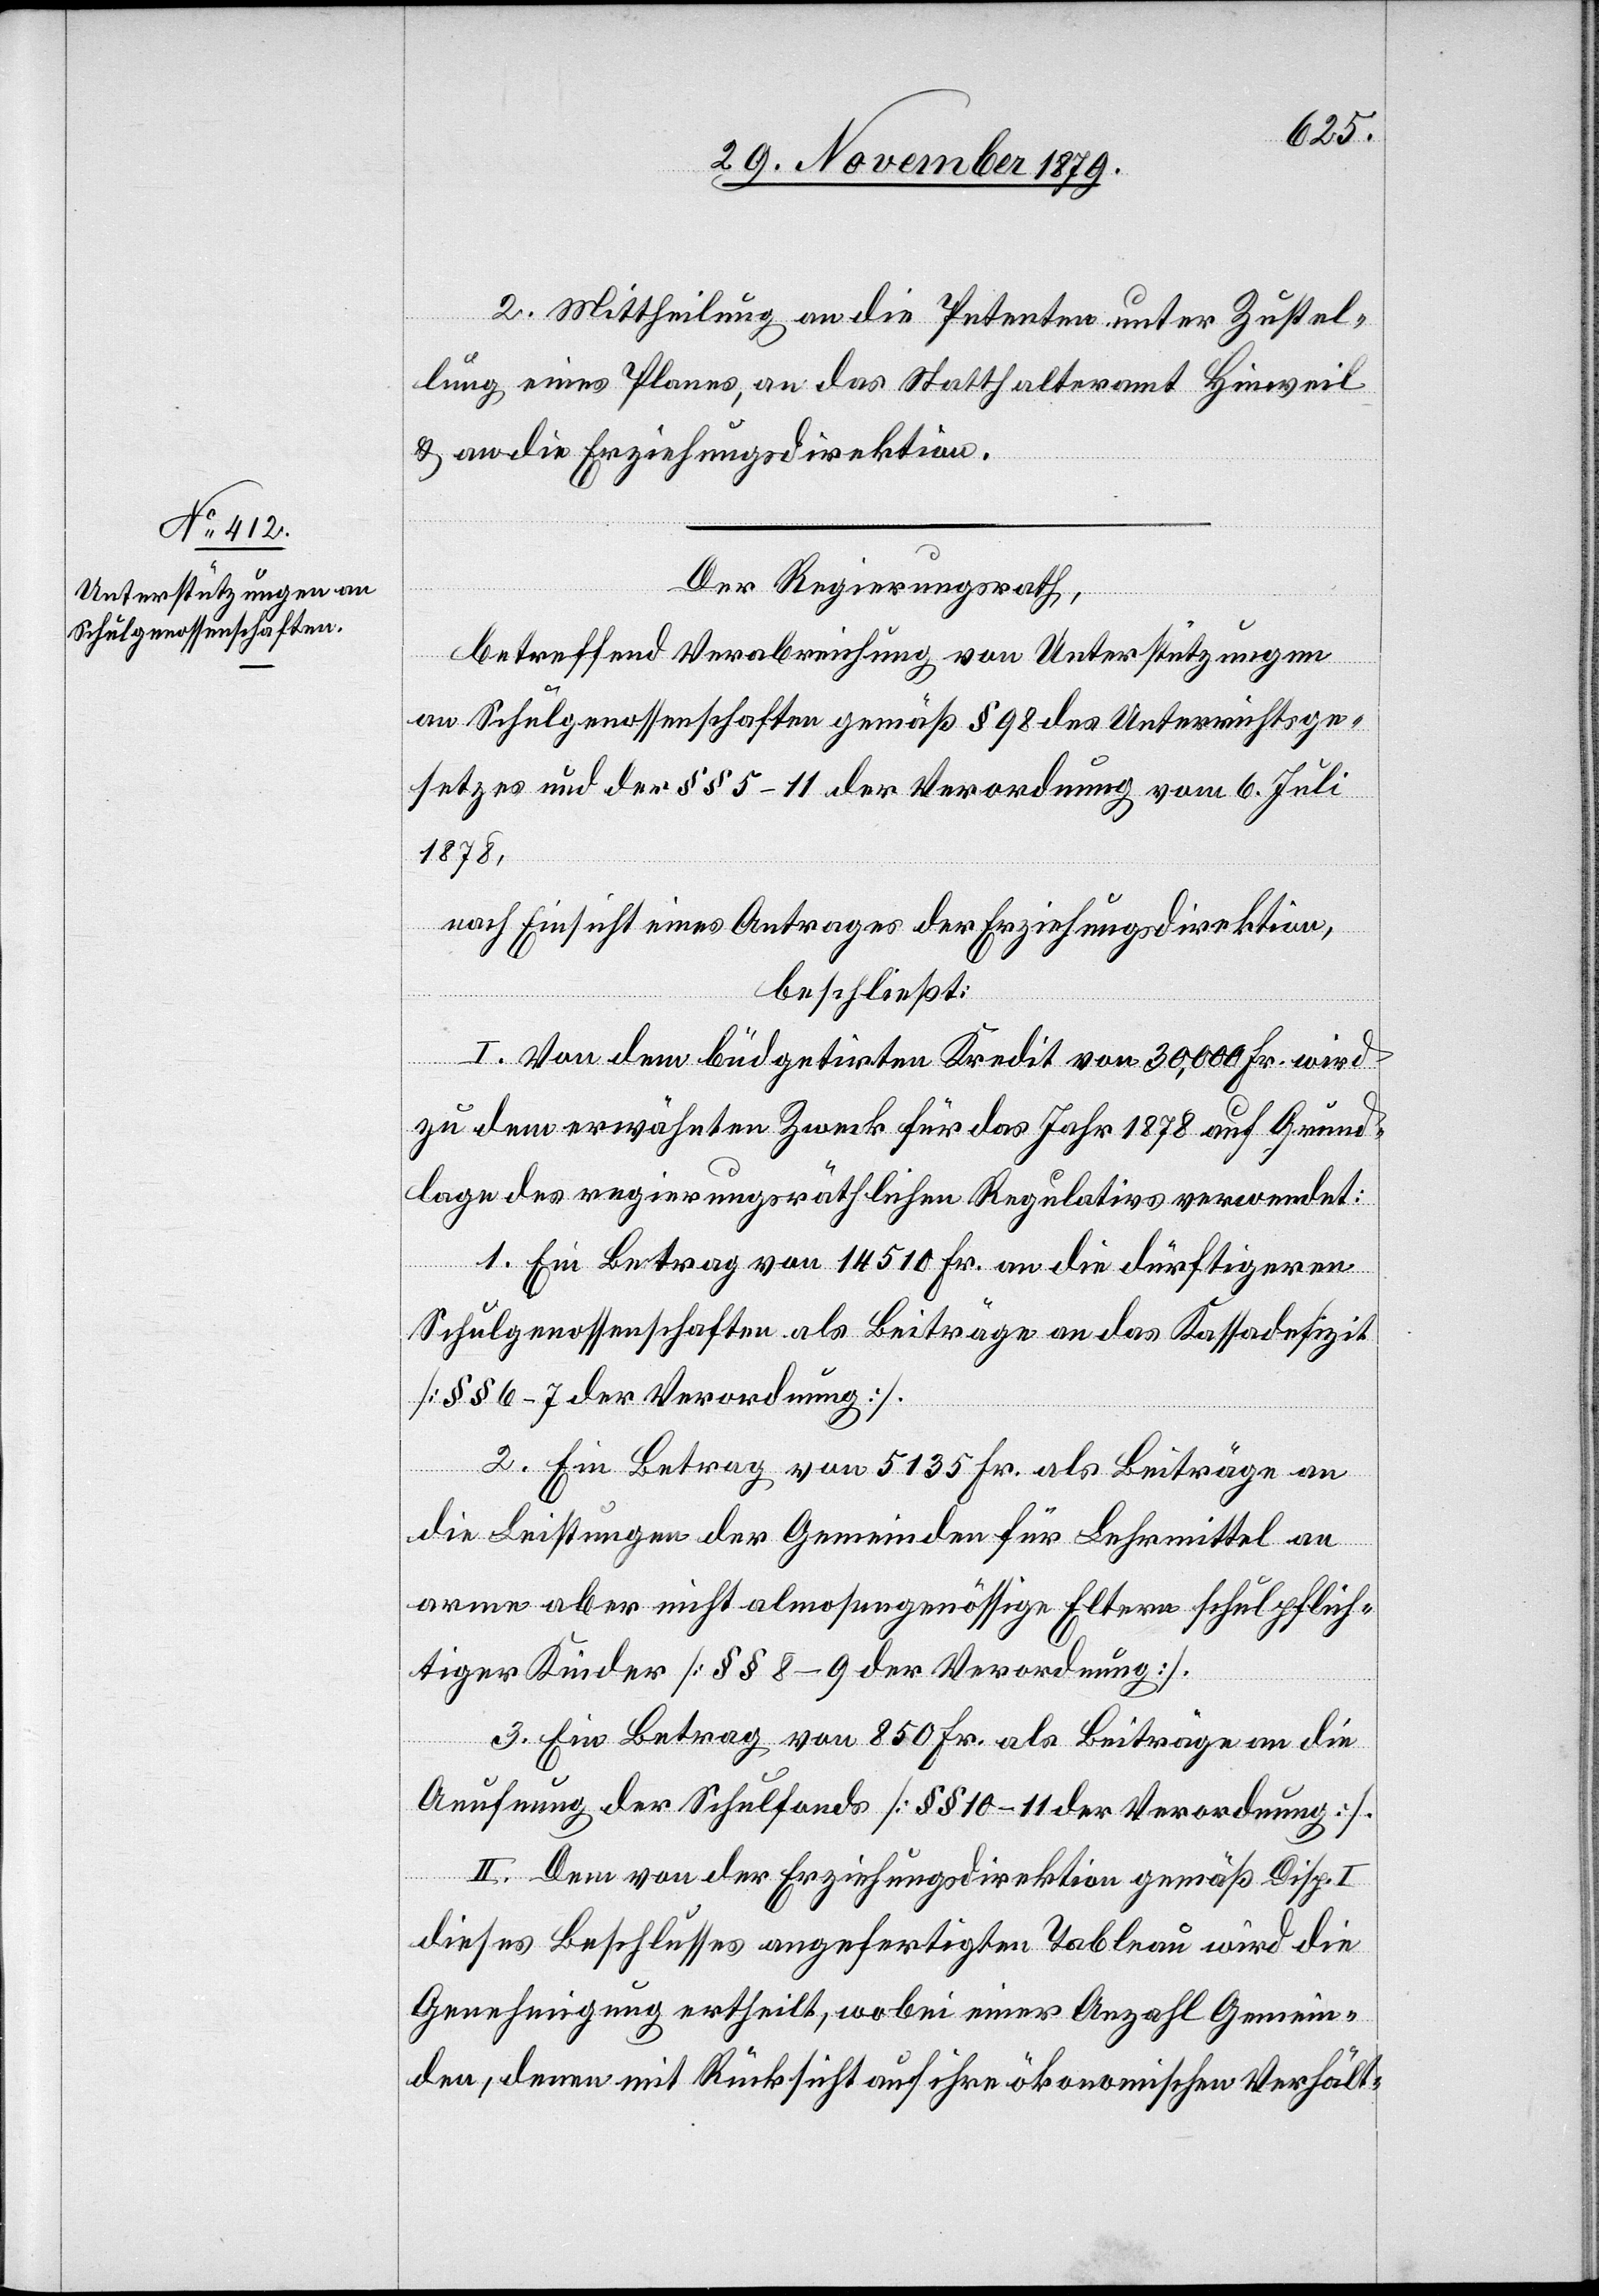
2. Mittheilung an die Petenten unter Zustel¬
lung eines Planes, an das Statthalteramt Hinweil
& an die Erziehungsdirektion.
Der Regierungsrath,
betreffend Verabreichung von Unterstützungen
an Schulgenossenschaften gemäß § 98 des Unterrichtsge¬
setzes und der §§ 5–11 der Verordnung vom 6. Juli
1878,
nach Einsicht eines Antrages der Erziehungsdirektion,
beschließt:
I. Von dem büdgetirten Kredit von 30,000 Fr. wird
zu dem erwähnten Zweck für das Jahr 1878 auf Grund¬
lage des regierungsräthlichen Regulativs verwendet:
1. Ein Betrag von 14 510 Fr. an die dürftigeren
Schulgenossenschaften als Beiträge an das Kassadefizit
[§§ 6–7 der Verordnung].
2. Ein Betrag von 5135 Fr. als Beiträge an
die Leistungen der Gemeinden für Lehrmittel an
arme aber nicht almosengenössige Eltern schulpflich¬
tiger Kinder [§§ 8–9 der Verordnung].
3. Ein Betrag von 850 Fr. als Beitrag an die
Aeufnung der Schulfonds [§§ 10–11 der Verordnung].
II. Dem von der Erziehungsdirektion gemäß Disp. I
dieses Beschlusses angefertigten Tableau wird die
Genehmigung ertheilt, wobei einer Anzahl Gemein¬
den, deren mit Rücksicht auf ihre ökonomischen Verhält-